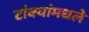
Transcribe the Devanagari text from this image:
टांक्यांमधले